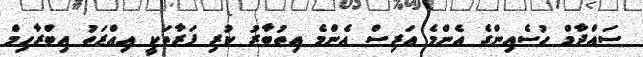
ސައްދާމް ހުސެއިންގެ އެންމެ އަރިސް އެންމެ އިތުބާރު ކުރި ފަރާތަކީ އިއްޒަތު އިބްރާހިމް